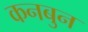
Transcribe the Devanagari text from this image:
कनबुन